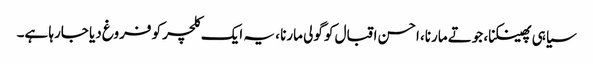
سیاہی پھینکنا، جوتے مارنا، احسن اقبال کو گولی مارنا ، یہ ایک کلچر کو فروغ دیا جارہا ہے۔